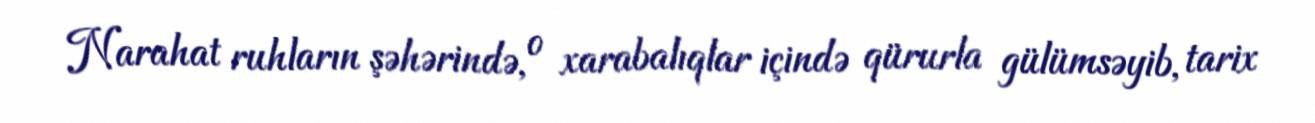
Narahat ruhların şəhərində, o xarabalıqlar içində qürurla gülümsəyib, tarix